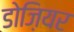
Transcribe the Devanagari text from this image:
डोज़ियर